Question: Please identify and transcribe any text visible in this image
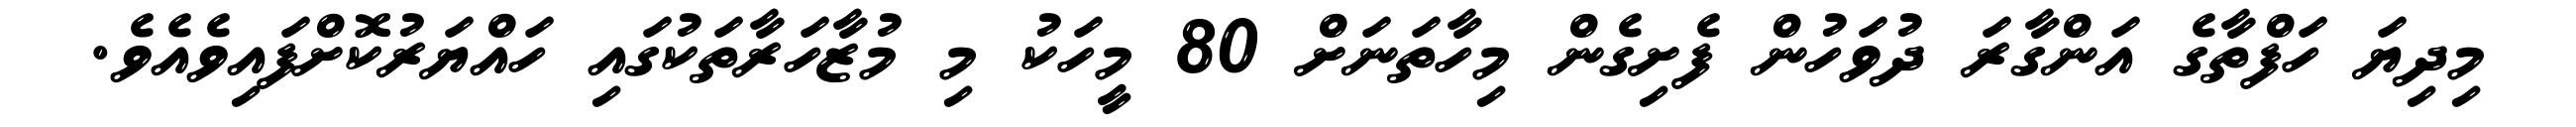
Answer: މިދިޔަ ހަފްތާގެ އަންގާރަ ދުވަހުން ފެށިގެން މިހާތަނަށް 80 މީހަކު މި މުޒާހަރާތަކުގައި ހައްޔަރުކޮށްފައިވެއެވެ.